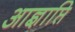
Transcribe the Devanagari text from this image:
आज्ञाप्ति